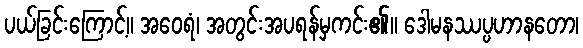
ပယ်ခြင်းကြောင့်။ အဝေရံ၊ အတွင်းအပရန်မှကင်း၏။ ဒေါမနဿပ္ပဟာနတော၊